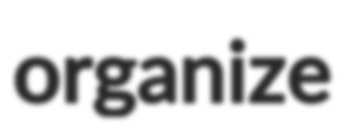
organize